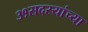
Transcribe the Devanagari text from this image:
३१सदस्यांच्या